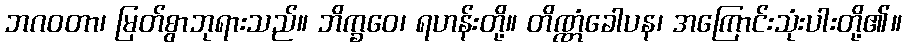
ဘဂဝတာ၊ မြတ်စွာဘုရားသည်။ ဘိက္ခဝေ၊ ရဟန်းတို့။ တိဏ္ဏံခေါပန၊ အကြောင်းသုံးပါးတို့၏။